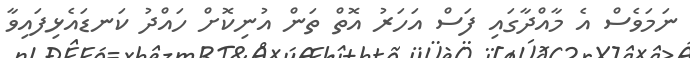
ނަަމަވެސް އެ މާއްދާގައި ފަސް އަހަރު އޮތް ތަން އުނިކޮށް ހައްދު ކަނޑައެޅިފައިވާ